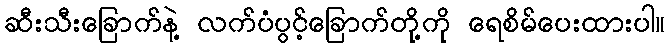
ဆီးသီးခြောက်နဲ့ လက်ပံပွင့်ခြောက်တို့ကို ရေစိမ်ပေးထားပါ။